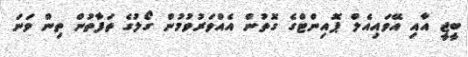
ބީޖީ އާއި އޭވައިއެލް ޕޮއިންޓްގެ ގޮތުން އެއްވަރުވުމުން ގޯލުގެ ތަފާތުން ތިން ވަނަ